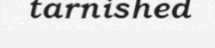
tarnished